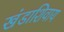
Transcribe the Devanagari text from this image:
खंडाशिवाय